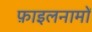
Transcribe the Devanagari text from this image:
फ़ाइलनामों